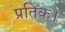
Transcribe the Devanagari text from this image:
प्रतिक।